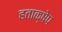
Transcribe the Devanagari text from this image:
हताक्षेप